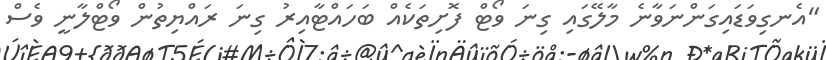
"އެނގިވަޑައިގަންނަވާނެ މާލޭގައި ގިނަ ވޯޓް ފޮށިތަކެއް ބަހައްޓާއިރު ގިނަ ރައްޔިތުން ވޯޓްލާނީ ވެސް